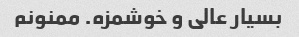
بسیار عالی و خوشمزه. ممنونم